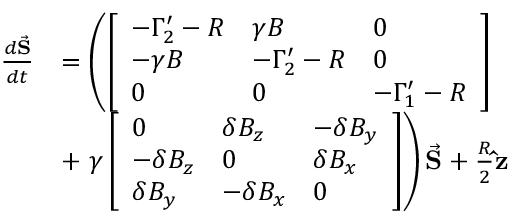
\begin{array} { r l } { \frac { d \vec { \mathbf { S } } } { d t } } & { = \left( \left[ \begin{array} { l l l } { - \Gamma _ { 2 } ^ { \prime } - R } & { \gamma B } & { 0 } \\ { - \gamma B } & { - \Gamma _ { 2 } ^ { \prime } - R } & { 0 } \\ { 0 } & { 0 } & { - \Gamma _ { 1 } ^ { \prime } - R } \end{array} \right] \right. } \\ & { + \left. \gamma \left[ \begin{array} { l l l } { 0 } & { \delta B _ { z } } & { - \delta B _ { y } } \\ { - \delta B _ { z } } & { 0 } & { \delta B _ { x } } \\ { \delta B _ { y } } & { - \delta B _ { x } } & { 0 } \end{array} \right] \right) \vec { \mathbf { S } } + \frac { R } { 2 } \mathbf { \hat { z } } } \end{array}